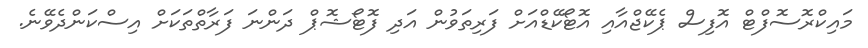
މައިކްރޮސޮފްޓް އޮފިސް ޕެކޭޖްއާއި އޮޓޯކޭޑްއަށް ފަރިތަވުން އަދި ފޮޓޯޝޮޕް ދަންނަ ފަރާތްތަކަށް އިސްކަންދެވޭނެ.